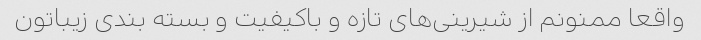
واقعا ممنونم از شیرینی‌های تازه و باکیفیت و بسته بندی زیباتون